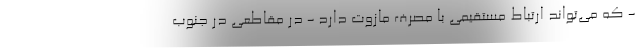
- که می‌تواند ارتباط مستقیمی با مصرف مازوت دارد - در مقاطعی در جنوب